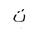
Letter: _ta